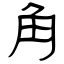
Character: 角